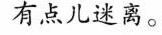
有点儿迷离。